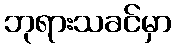
ဘုရားသခင်မှာ